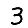
Digit: 3